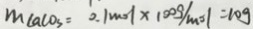
m c a c o _ { 3 } = 0 . 1 m o l \times 1 0 0 g / m o l = 1 0 g